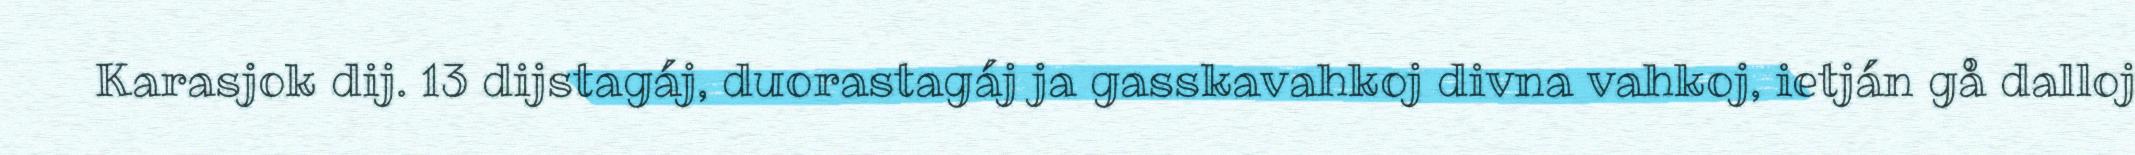
Karasjok dij. 13 dijstagáj, duorastagáj ja gasskavahkoj divna vahkoj, ietján gå dalloj